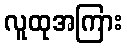
လူထုအကြား